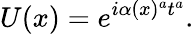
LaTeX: U(x)=e^{i\alpha(x)^{a}t^{a}}.